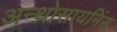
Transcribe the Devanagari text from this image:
अन्थोसायनिंस